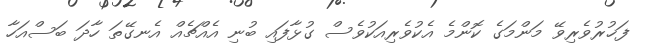
ފަޚުރުވެރިވޭ މަންމަގެ ކޮންމެ އެކުވެރިއަކުވެސް ގުޅާފައި ބުނި އެއްޗެއް އެނގޭތަ ހާދަ ބަސްއަހާ